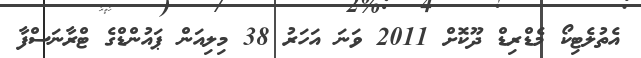
އެތުލެޓިކޯ މެޑްރިޑް ދޫކޮށް 2011 ވަނަ އަހަރު 38 މިލިއަން ޕައުންޑްގެ ޓްރާނަސްފާ